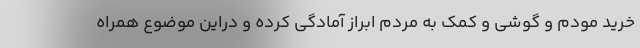
خرید مودم و گوشی و کمک به مردم ابراز آمادگی کرده و دراین موضوع همراه